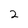
Character: 2